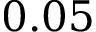
0 . 0 5